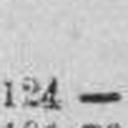
124 —